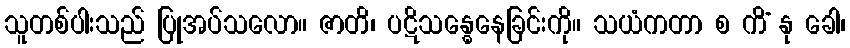
သူတစ်ပါးသည် ပြုအပ်သလော။ ဇာတိ၊ ပဋိသန္ဓေနေခြင်းကို။ သယံကတာ စ ကိံ နု ခေါ၊